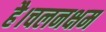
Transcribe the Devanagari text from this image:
है।चलनक्षम